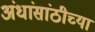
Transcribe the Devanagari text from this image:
अंधांसांठीच्या